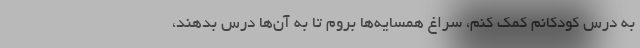
به درس کودکانم کمک کنم، سراغ همسایه‌ها بروم تا به آن‌ها درس بدهند،